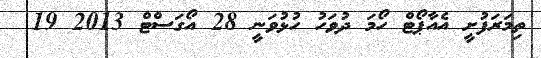
ތިމަރަފުށީ އެއާޕޯޓް ހޯމަ ދުވަހު ހުޅުވަނީ 28 އޯގަސްޓް 2013 19